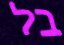
בל